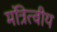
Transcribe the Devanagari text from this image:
मंत्रित्वीय